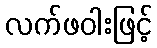
လက်ဖဝါးဖြင့်